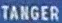
TANGER